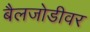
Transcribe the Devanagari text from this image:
बैलजोडीवर